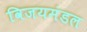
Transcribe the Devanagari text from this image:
विजयमंडल